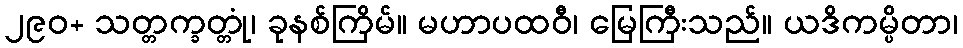
၂၉၀+ သတ္တက္ခတ္တုံ၊ ခုနစ်ကြိမ်။ မဟာပထဝီ၊ မြေကြီးသည်။ ယဒိကမ္ပိတာ၊